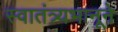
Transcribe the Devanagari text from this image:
स्वातंत्र्यभानूने